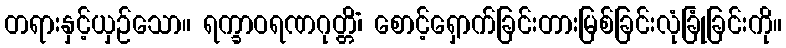
တရားနှင့်ယှဉ်သော။ ရက္ခာဝရဏဂုတ္တိံ၊ စောင့်ရှောက်ခြင်းတားမြစ်ခြင်းလုံခြုံခြင်းကို။